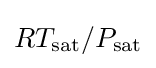
RT_{\text{sat}}/P_{\text{sat}}